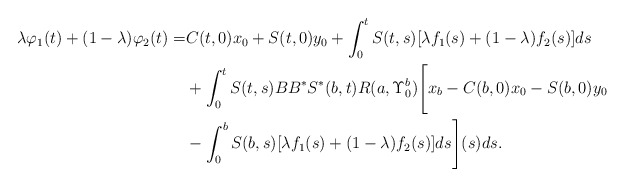
\begin{align*}\lambda\varphi_1(t)+(1-\lambda)\varphi_2(t)=&C(t,0)x_0+S(t,0)y_0+\int_0^t S(t,s)[\lambda f_1(s) +(1-\lambda)f_2(s)]ds\\&+\int_0^t S(t,s)BB^{*}S^{*}(b,t) R(a,\Upsilon_0^b)\Bigg[x_b-C(b,0)x_0-S(b,0)y_0\\&-\int_0^b S(b,s)[\lambda f_1(s) +(1-\lambda)f_2(s)]ds\Bigg](s)ds.\end{align*}